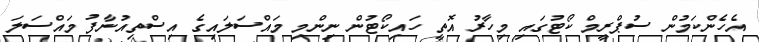
އެހެންކަމުން ސުޕްރީމް ކޯޓުގައި މިހާރު އޮތީ ހައިކޯޓުން ނިންމި މައްސަލައިގެ އިސްތިއުނާފު މައްސަލަ